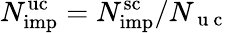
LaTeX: N_{\mathrm{imp}}^{\mathrm{uc}}=N_{\mathrm{imp}}^{\mathrm{sc}}/N_{\mathrm{~u~c~}}